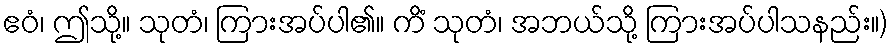
ဧဝံ၊ ဤသို့။ သုတံ၊ ကြားအပ်ပါ၏။ ကိံ သုတံ၊ အဘယ်သို့ ကြားအပ်ပါသနည်း။)